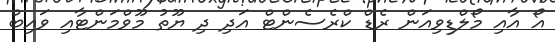
އޯ އާއި މޯލްޑިވިއަން ރެޑް ކްރެސެންޓް އަދި ދި ޔޫތު މޫވްމަންޓާއި ވައިބް